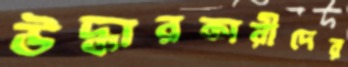
উদ্ধারকারীদের